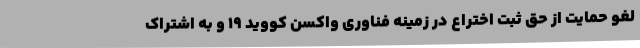
لغو حمایت از حق ثبت اختراع در زمینه فناوری واکسن کووید ۱۹ و به اشتراک